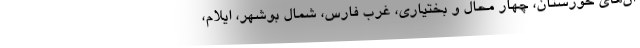
ان‌های خوزستان، چهار محال و بختیاری، غرب فارس، شمال بوشهر، ایلام،